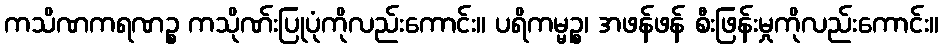
ကသိဏကရဏဉ္စ ကသိုဏ်းပြုပုံကိုလည်းကောင်း။ ပရိကမ္မဉ္စ၊ အဖန်ဖန် စီးဖြန်းမှုကိုလည်းကောင်း။